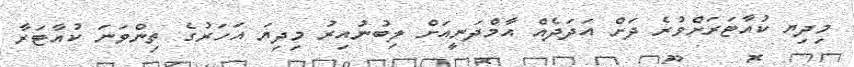
މިދިޔ ކުއާޓަރަށްވުރެ ދަށް އަދަދެއް އާމްދަނީއަށް ލިބުނުއިރު މިދިޔަ އަހަރުގެ ތިންވަނަ ކުއާޓަރާ